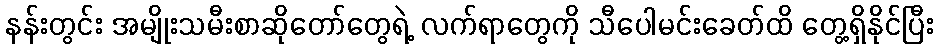
နန်းတွင်း အမျိုးသမီးစာဆိုတော်တွေရဲ့ လက်ရာတွေကို သီပေါမင်းခေတ်ထိ တွေ့ရှိနိုင်ပြီး